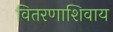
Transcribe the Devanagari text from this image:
वितरणाशिवाय